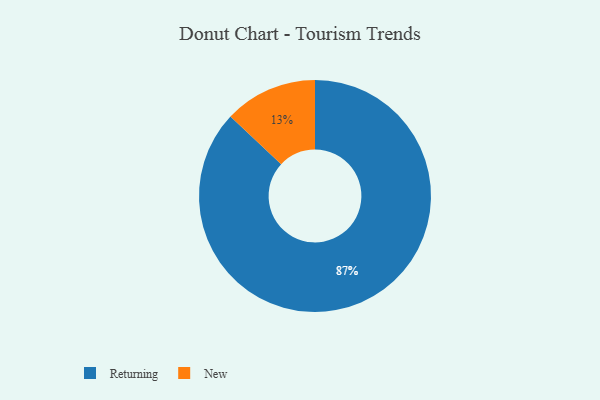
{"axis": {"x": "Category", "y": "Percentage"}, "legend": ["New", "Returning"], "data": [{"x": "New", "y": 13, "type": "New"}, {"x": "Returning", "y": 87, "type": "Returning"}]}